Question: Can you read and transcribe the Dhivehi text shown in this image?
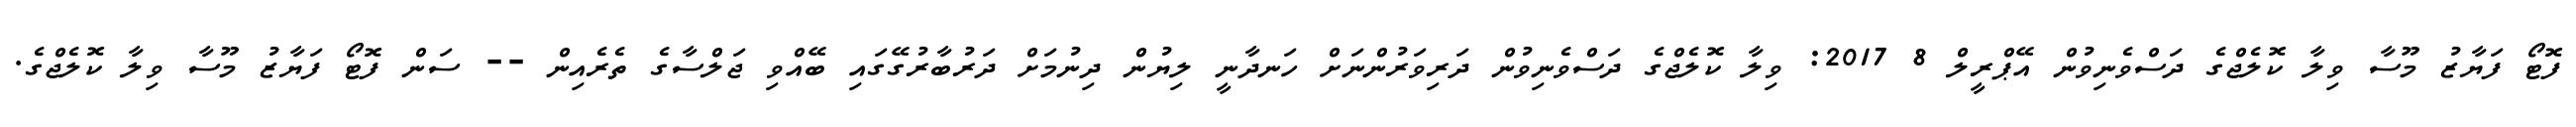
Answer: ފޮޓޯ ފަޔާޒު މޫސާ ވިލާ ކޮލެޖްގެ ދަސްވެނިވުން އޭޕްރީލް 8 2017: ވިލާ ކޮލެޖްގެ ދަސްވެނިވުން ދަރިވަރުންނަށް ހަނދާނީ ލިޔުން ދިނުމަށް ދަރުބާރުގޭގައި ބޭއްވި ޖަލްސާގެ ތެރެއިން -- ސަން ފޮޓޯ ފަޔާޒު މޫސާ ވިލާ ކޮލެޖްގެ.